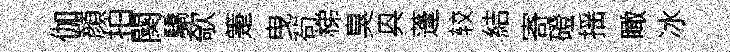
伽顔拍闋驕欹箑曳茍梯臭㒷蓬较結寄磴揺瞰冰